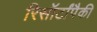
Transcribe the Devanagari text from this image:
रिसॉर्टांपैकी